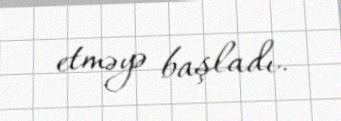
etməyə başladı.